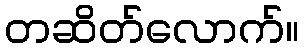
တဆိတ်လောက်။